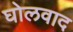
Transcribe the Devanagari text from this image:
घोलवाद